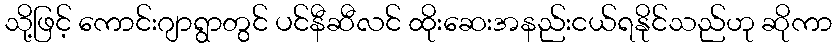
သို့ဖြင့် ကောင်းဂျာရွာတွင် ပင်နီဆီလင် ထိုးဆေးအနည်းငယ်ရနိုင်သည်ဟု ဆိုကာ